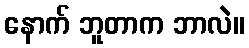
နောက် ဘူတာက ဘာလဲ။